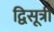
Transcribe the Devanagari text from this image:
द्विसूत्री